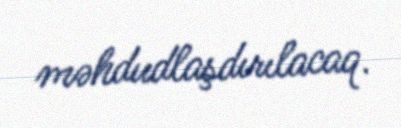
məhdudlaşdırılacaq.